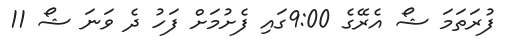
ފުރަތަމަ ޝޯ އެރޭގެ 9:00ގައި ފެށުމަށް ފަހު ދެ ވަނަ ޝޯ 11